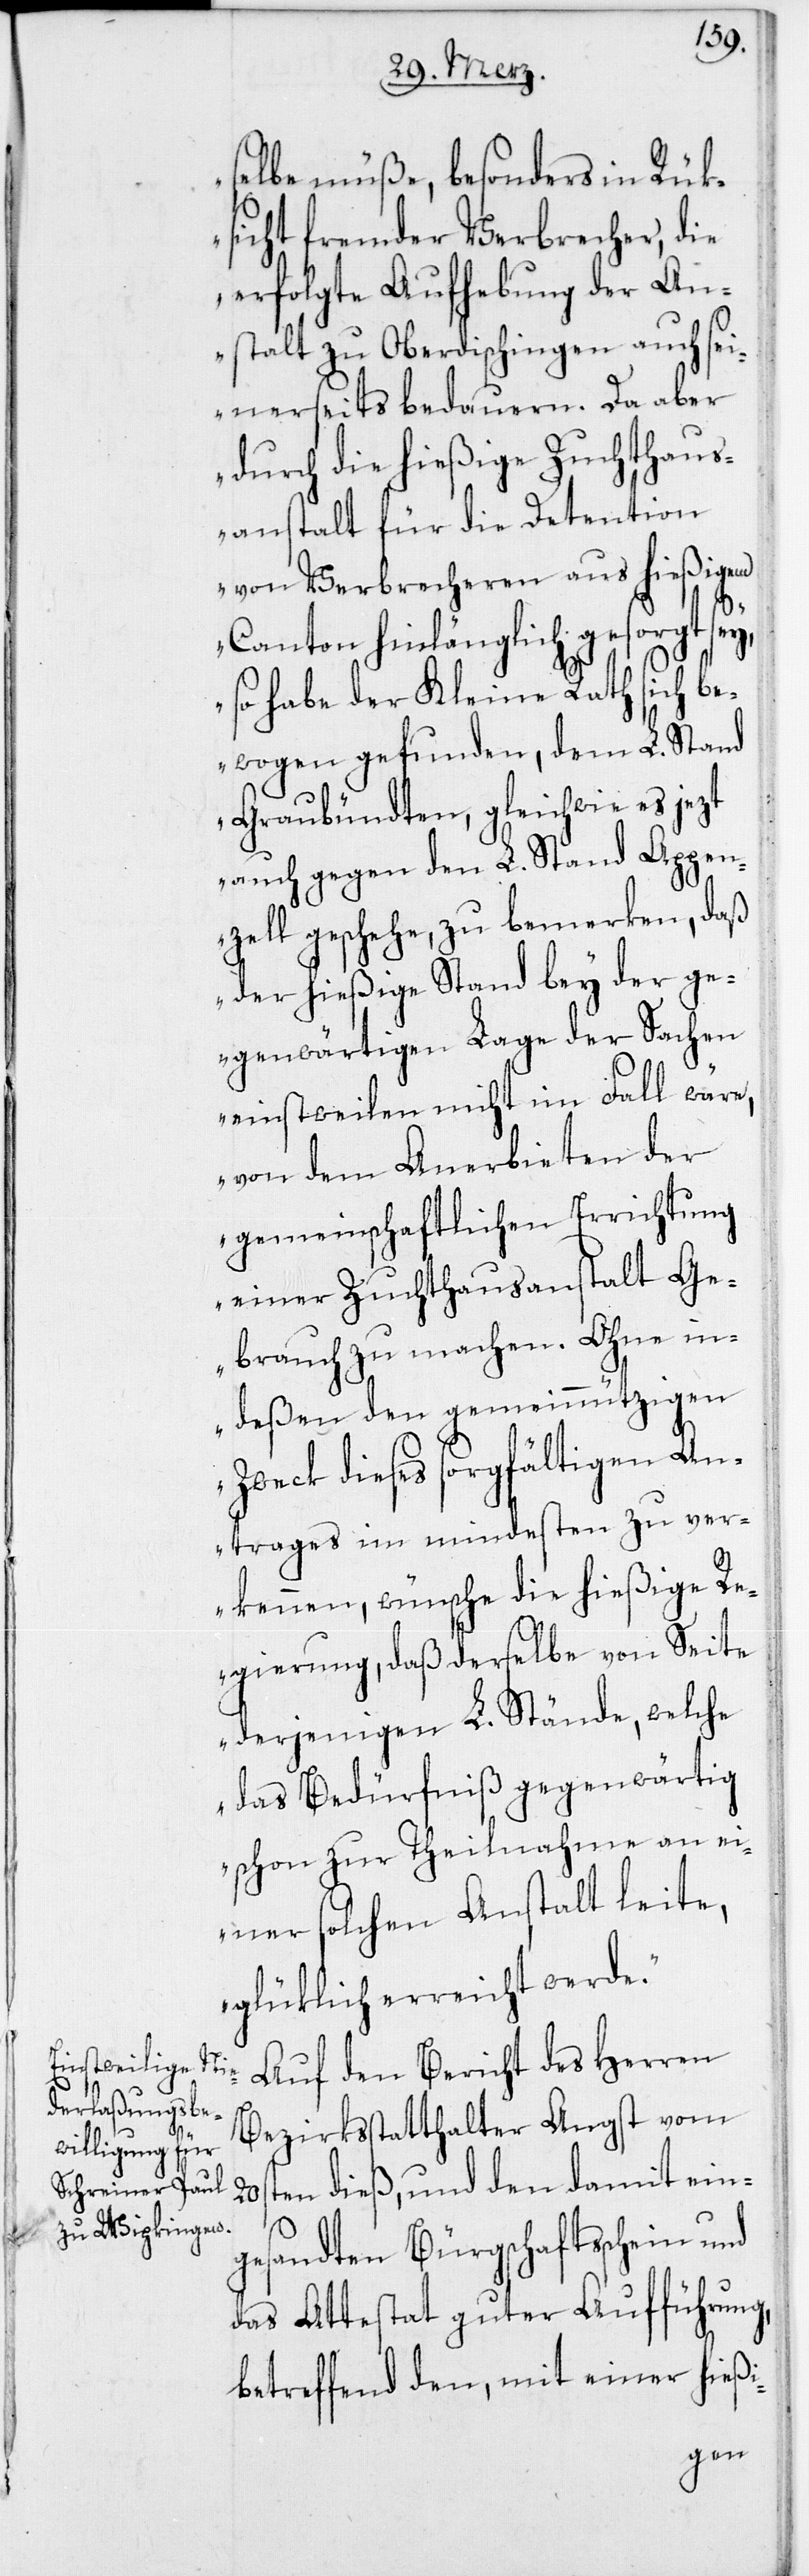
selbe müße, besonders in Rük¬
sicht fremder Verbrecher, die
erfolgte Aufhebung der An¬
stalt zu Oberdischingen auch sei¬
nerseits bedauern. Da aber
durch die hießige Zuchthaus¬
anstalt für die Detention
von Verbrecheren aus hießigem
Canton hinlänglich gesorgt sey,
so habe der Kleine Rath sich be¬
wogen gefunden, dem L. Stand
Graubündten, gleichwie es jezt
auch gegen den L. Stand Appen¬
zell geschehe, zu bemerken, daß
der hießige Stand bey der ge¬
genwärtigen Lage der Sachen
einstweilen nicht im Fall wäre,
von dem Anerbieten der
gemeinschaftlichen Errichtung
einer Zuchthausanstalt Ge¬
brauch zu machen. Ohne in¬
deßen den gemeinnützigen
Zweck dieses sorgfältigen An¬
trages im mindesten zu ver¬
kennen, wünsche die hießige Re¬
gierung, daß derselbe von Seite
derjenigen L. Stände, welche
das Bedürfniß gegenwärtig
schon zur Theilnahme an ei¬
ner solchen Anstalt leite,
glüklich erreicht werde.“
Auf den Bericht des Herren
Bezirksstatthalter Angst vom
20sten dieß, und den damit ein¬
gesandten Bürgschaftsschein und
das Attestat guter Aufführung,
betreffend den, mit einer hießi-